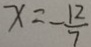
x = - \frac { 1 2 } { 7 }